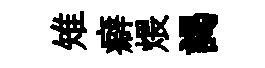
雉癖煨謁